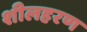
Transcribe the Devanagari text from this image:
शीलहरण